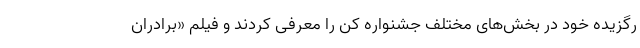
رگزیده خود در بخش‌های مختلف جشنواره کن را معرفی کردند و فیلم «برادران